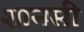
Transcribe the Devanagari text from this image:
शानसी